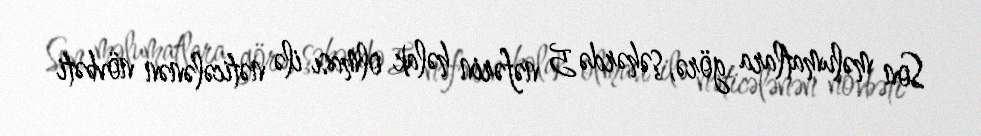
Son məlumatlara görə, şəhərdə 5 nəfərin həlak olması ilə nəticələnən növbəti